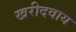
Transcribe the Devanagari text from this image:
खरीदवाय